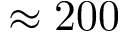
\approx 2 0 0